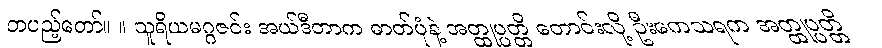
တပည့်တော်။ ။ သူရိယမဂ္ဂဇင်း အယ်ဒီတာက ဓာတ်ပုံနဲ့ အတ္ထုပ္ပတ္တိ တောင်းလို့ ဦးကေသရက အတ္ထုပ္ပတ္တိ